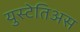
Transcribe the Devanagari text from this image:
युस्टेतिअस